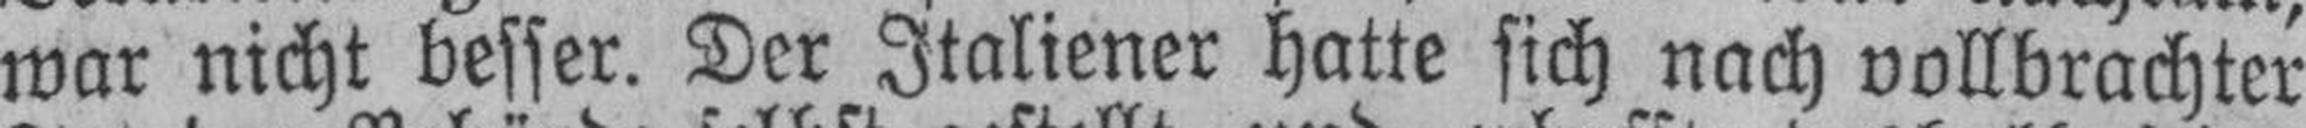
war nicht besser. Der Italiener hatte sich nach vollbrachter